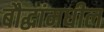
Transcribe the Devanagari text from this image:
बौद्धांमधील